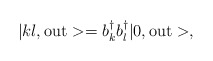
\begin{align*}| kl, {\rm out} > = b_k^{\dagger} b_l^{\dagger} | 0, {\rm out} >,\end{align*}